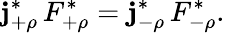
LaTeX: \mathbf{j}_{+\rho}^{\ast}\, F_{+\rho}^{\ast}=\mathbf{j}_{-\rho}^{\ast}\, F_{-\rho}^{\ast}.